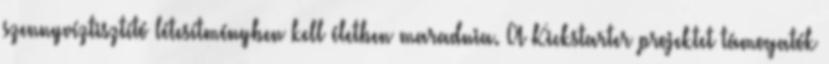
szennyvíztisztító létesítményben kell életben maradnia. A Kickstarter projektet támogatók